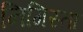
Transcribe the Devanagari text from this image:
निगिस्ता